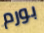
بورم